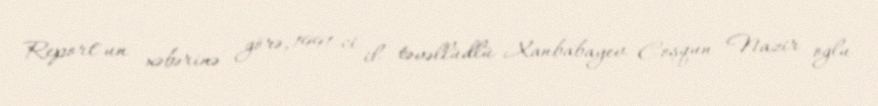
Report"un xəbərinə görə, 1991-ci il təvəllüdlü Xanbabayev Coşqun Nazir oğlu